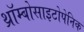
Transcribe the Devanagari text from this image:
थ्रॉम्बोसाइटोपेनिक